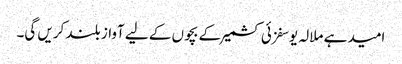
امید ہے ملالہ یوسفزئی کشمیر کے بچوں کے لیے آواز بلند کریں گی۔